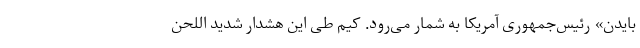
بایدن» رئیس‌جمهوری آمریکا به شمار می‌رود. کیم طی این هشدار شدید اللحن